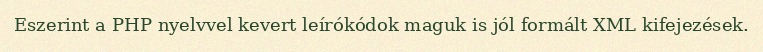
Eszerint a PHP nyelvvel kevert leírókódok maguk is jól formált XML kifejezések.